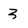
Character: 3